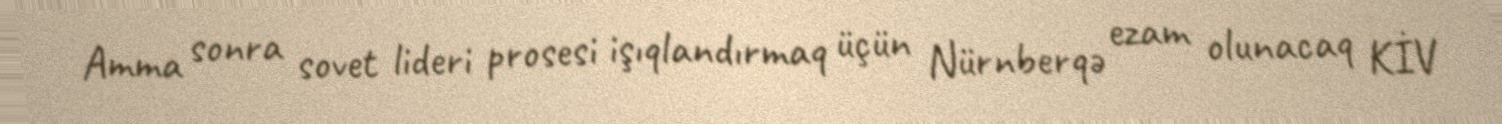
Amma sonra sovet lideri prosesi işıqlandırmaq üçün Nürnberqə ezam olunacaq KİV